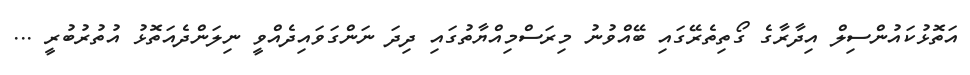
އަތޮޅުކައުންސިލް އިދާރާގެ ގޯތިތެރޭގައި ބޭއްވުނު މިރަސްމިއްޔާތުގައި ދިދަ ނަންގަވައިދެއްވީ ނިލަންދެއަތޮޅު އުތުރުބުރީ ...